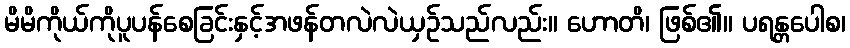
မိမိကိုယ်ကိုပူပန်စေခြင်းနှင့်အဖန်တလဲလဲယှဉ်သည်လည်း။ ဟောတိ၊ ဖြစ်၏။ ပရန္တပေါစ၊